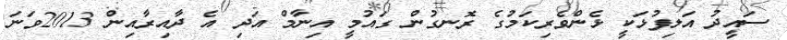
ސައީދު އަލިފުޅަކީ ޅެންވެރިކަމުގެ ރޮނގުން ގައުމީ އިނާމް އަދި އެ ދާއިރާއިން 2013ވަނަ